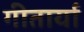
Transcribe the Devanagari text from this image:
गीतार्या